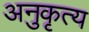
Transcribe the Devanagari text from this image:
अनुकृत्य